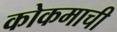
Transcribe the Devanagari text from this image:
कोकमाची